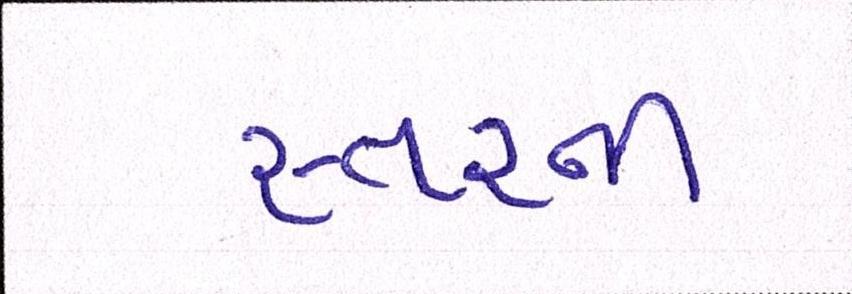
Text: સ્તરની